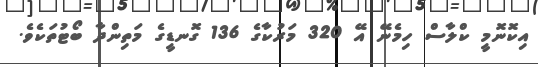
އިކޮނޮމީ ކްލާސް ހިމެނޭ އޭ 320 މަރުކާގެ 136 ގޮނޑީގެ މަތިންދާ ބޯޓުތަކެވެ.